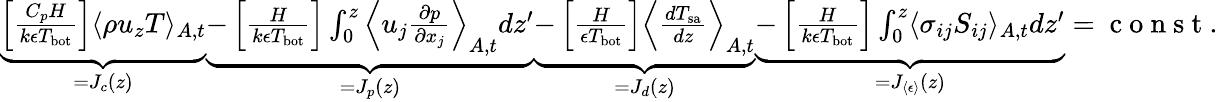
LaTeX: \begin{array}{r}{\underbrace{\left[\frac{C_{p}H}{k\epsilon T_{\mathrm{bot}}}\right]\langle\rho u_{z}T\rangle_{A,t}}_{=J_{c}(z)}\underbrace{-\left[\frac{H}{k\epsilon T_{\mathrm{bot}}}\right]\int_{0}^{z}\Big\langle u_{j}\frac{\partial p}{\partial x_{j}}\Big\rangle_{A,t}dz^{\prime}}_{=J_{p}(z)}\underbrace{-\left[\frac{H}{\epsilon T_{\mathrm{bot}}}\right]\Big\langle\frac{dT_{\mathrm{sa}}}{dz}\Big\rangle_{A,t}}_{=J_{d}(z)}\underbrace{-\left[\frac{H}{k\epsilon T_{\mathrm{bot}}}\right]\int_{0}^{z}\langle\sigma_{ij}S_{ij}\rangle_{A,t}dz^{\prime}}_{=J_{\langle\epsilon\rangle}(z)}=\mathrm{~c~o~n~s~t~.~}}\end{array}